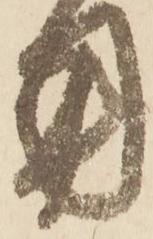
用